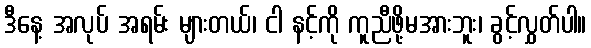
ဒီနေ့ အလုပ် အရမ်း များတယ်၊ ငါ နင့်ကို ကူညီဖို့မအားဘူး၊ ခွင့်လွှတ်ပါ။